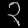
Digit: ၃